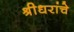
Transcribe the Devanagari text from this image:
श्रीधरांचे